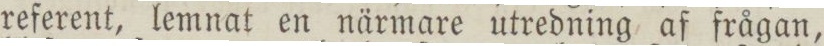
referent, lemnat en närmare utredning af frågan,